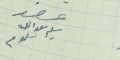
عضو سليم سعدالله سلوم